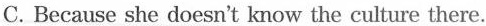
C.Because she doesn't know the culture there.